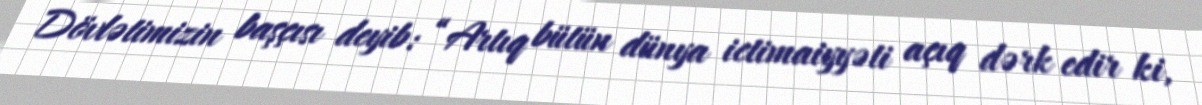
Dövlətimizin başçısı deyib: “Artıq bütün dünya ictimaiyyəti açıq dərk edir ki,